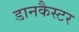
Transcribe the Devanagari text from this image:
डानकैस्टर